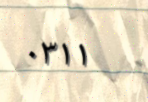
٠٣١١